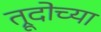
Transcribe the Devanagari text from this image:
त्रूदोच्या